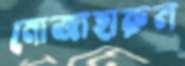
মোজাহারুল